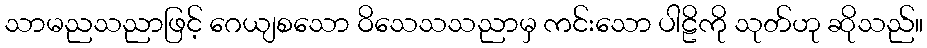
သာမညသညာဖြင့် ဂေယျစသော ဝိသေသသညာမှ ကင်းသော ပါဠိကို သုတ်ဟု ဆိုသည်။